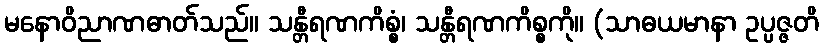
မနောဝိညာဏဓာတ်သည်။ သန္တီရဏကိစ္စံ၊ သန္တီရဏကိစ္စကို။ (သာဓယမာနာ ဥပ္ပဇ္ဇတိ